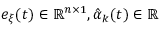
e _ { \xi } ( t ) \in \mathbb { R } ^ { n \times 1 } , { \hat { \alpha } } _ { k } ( t ) \in \mathbb { R }